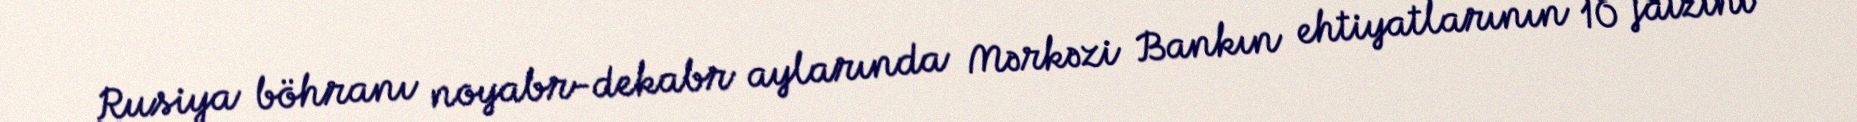
Rusiya böhranı noyabr-dekabr aylarında Mərkəzi Bankın ehtiyatlarının 10 faizini